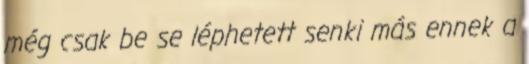
még csak be se léphetett senki más ennek a